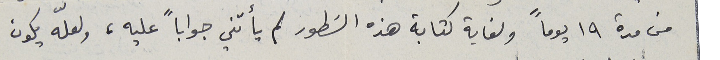
من مدة ١٩ يوماً ولغاية كتابة هذه السَطور لم يأتني جواباً عليه، ولعلّه يكون